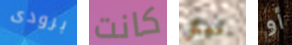
برودى كانت نيكي أو